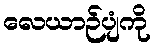
လေယာဉ်ပျံကို